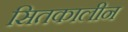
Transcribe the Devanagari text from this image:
सितकालीन